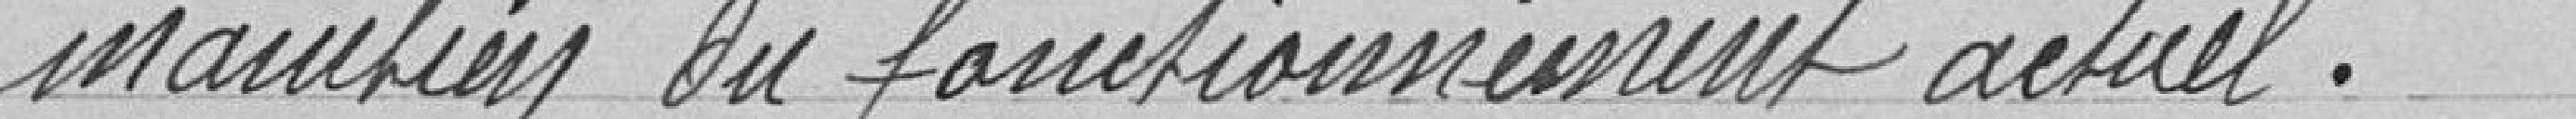
maintien du fonctionnement actuel.